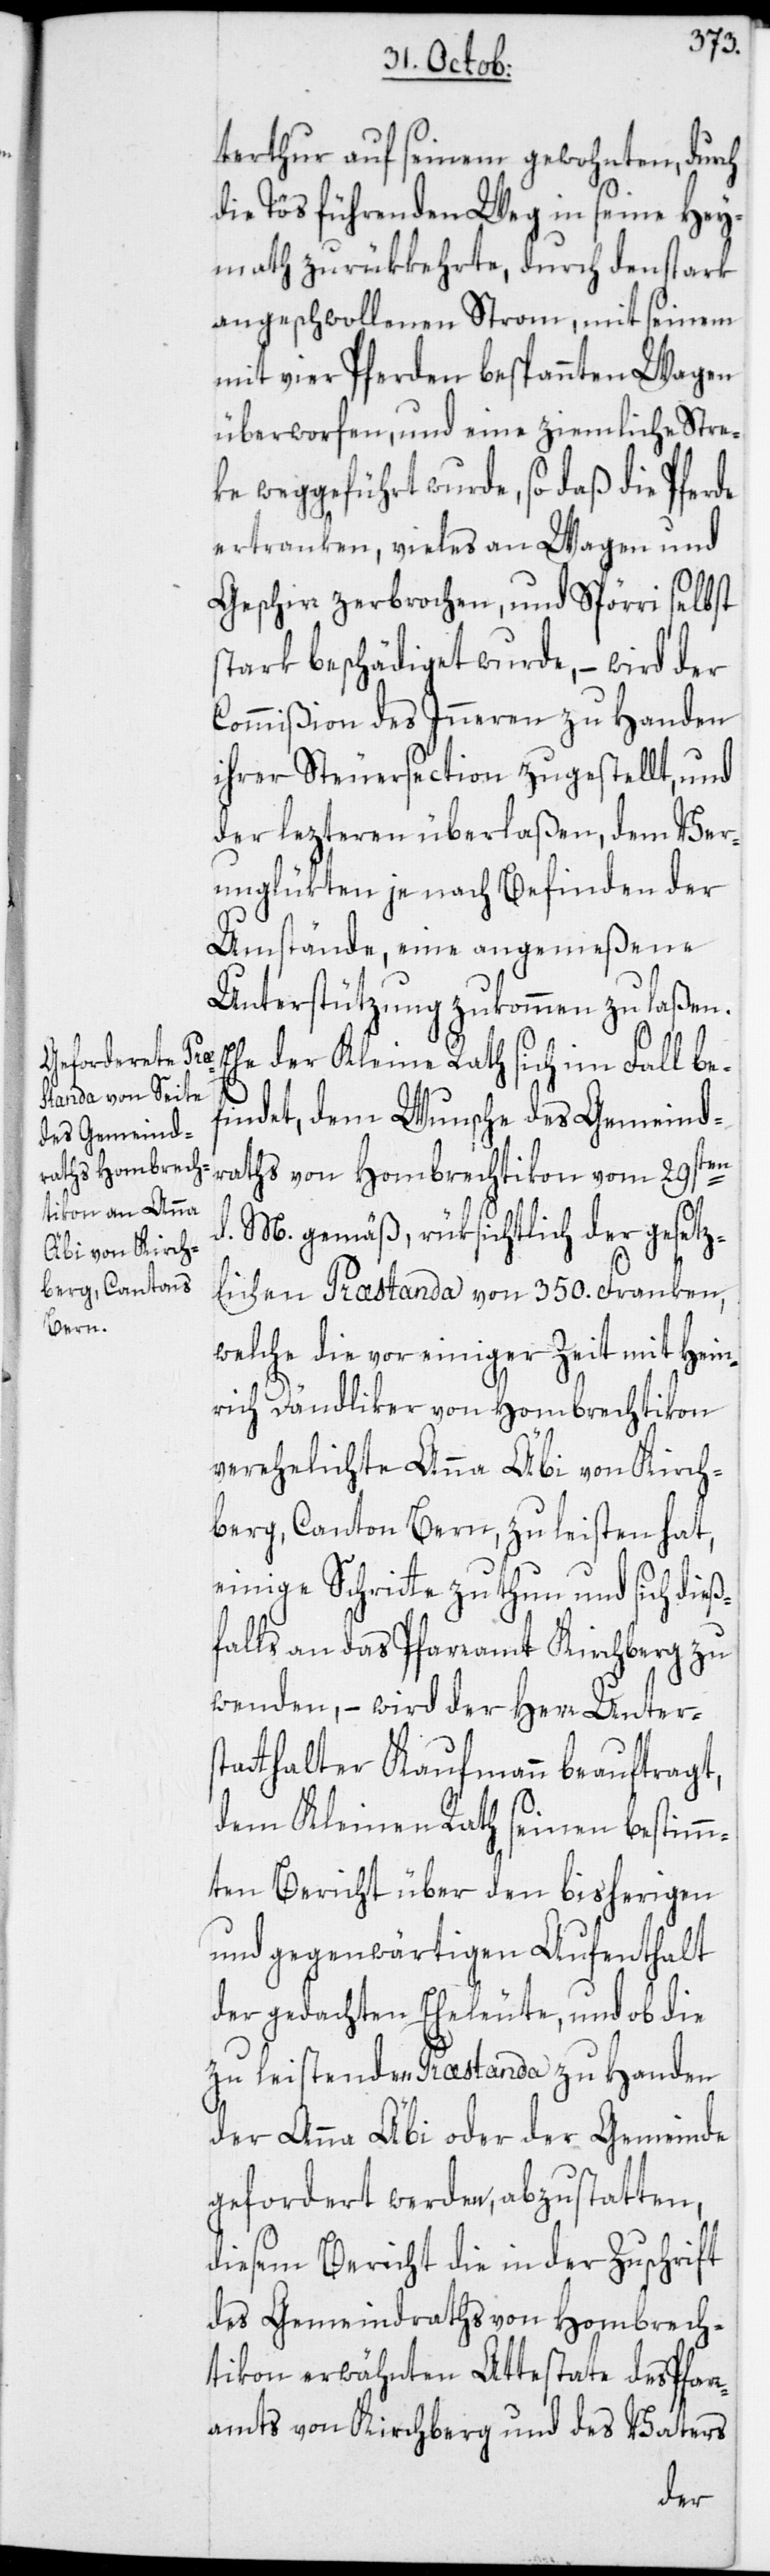
terthur auf seinem gewohnten, durch
die Tös führenden Weg in seine Hey¬
math zurükkehrte, durch den stark
angeschwollenen Strom, mit seinem
mit vier Pferden bespannten Wagen
überworfen, und eine ziemliche Stre¬
ke weggeführt wurde, so daß die Pferde
ertranken, vieles an Wagen und
Geschirr zerbrochen, und Spörri selbst
stark beschädiget wurde, – wird der
Commißion des Inneren zu Handen
ihrer Steuersection zugestellt, und
der lezteren überlaßen, dem Ver¬
unglükten je nach Befinden der
Umstände, eine angemeßene
Unterstützung zukommen zu laßen.
Ehe der Kleine Rath sich im Fall be¬
findet, dem Wunsche des Gemeind¬
raths von Hombrechtikon vom 29sten
d. M. gemäß, rüksichtlich der gesetz¬
lichen Præstanda von 350. Franken,
welche die vor einiger Zeit mit Hein¬
rich Dändliker von Hombrechtikon
verehelichte Anna Äbi von Kirch¬
berg, Canton Bern, zu leisten hat,
einige Schritte zu thun und sich dieß¬
falls an das Pfarramt Kirchberg zu
wenden, – wird der Herr Unters¬
tatthalter Kaufmann beauftragt,
dem Kleinen Rath seinen bestimm¬
ten Bericht über den bisherigen
und gegenwärtigen Aufenthalt
der gedachten Eheleute, und ob die
zu leistenden Præstanda zu Handen
der Anna Äbi oder der Gemeinde
gefordert werden, abzustatten,
diesem Bericht die in der Zuschrift
des Gemeindraths von Hombrech¬
tikon erwähnten Attestate des Pfar¬
ramts von Kirchberg und des Vaters